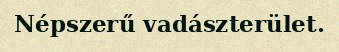
Népszerű vadászterület.